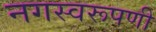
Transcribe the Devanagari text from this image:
नगस्वरूपणी